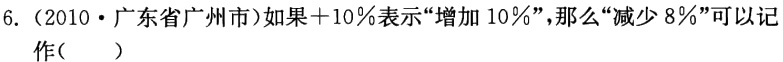
6.（2010·广东省广州市）如果\(+10\%\)表示“增加\(10\%\)”，那么“减少\(8\%\)”可以记
作(  )